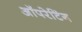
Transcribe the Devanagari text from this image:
अॉपरेटिंग